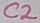
Text: C2